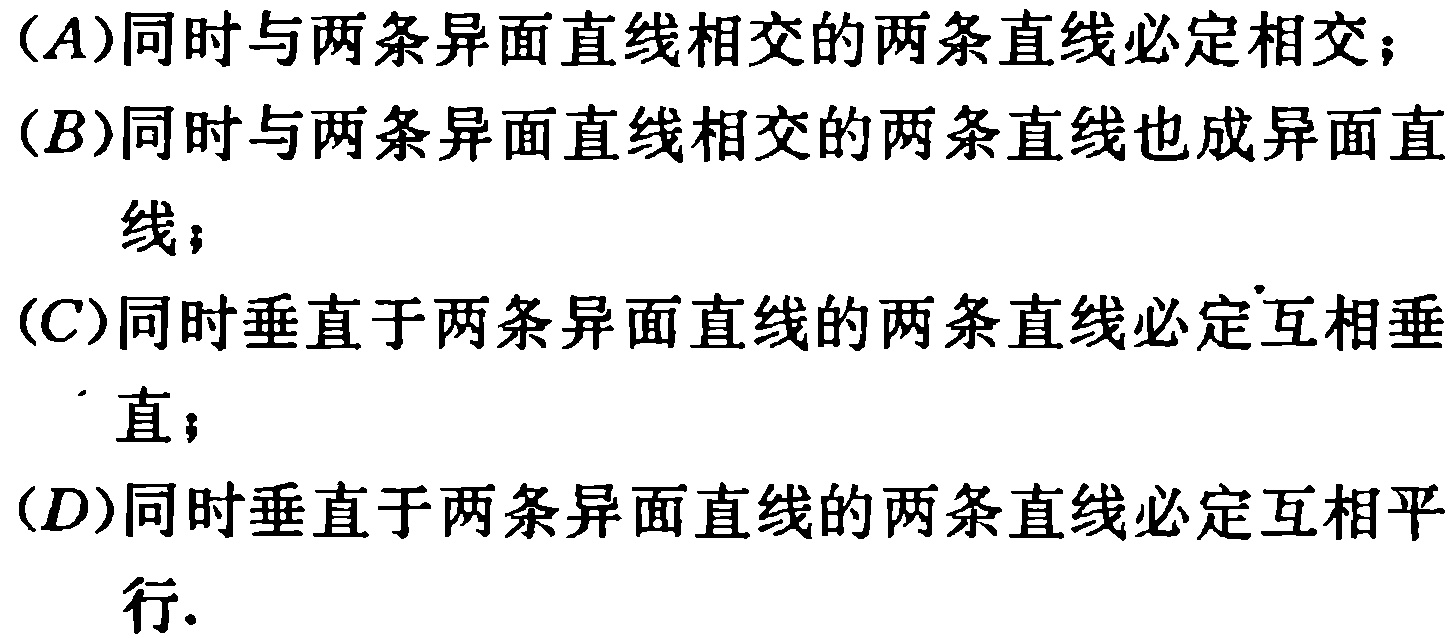
\begin{enumerate}

\item $C_{\triangle DMN}=PQ = \sqrt{3}x$\\$(2\sqrt{3}<x\leqslant4)$，当 $x = 4$ 时，\\$C_{\triangle DMN}$周长的最大值为$4\sqrt{3}$.

\end{enumerate}